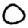
Digit: 0